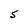
Character: S